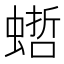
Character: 𧎴